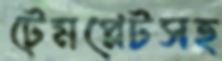
টেমপ্লেটসহ